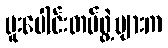
ပူးပေါင်းတပ်ဖွဲ့များက